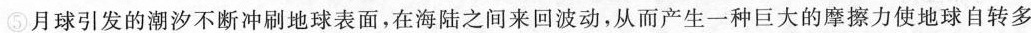
⑤月球引发的潮汐不断冲地球表面，在海陆之间来回波动，从而产生一种巨大的摩擦力使地球自转多